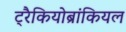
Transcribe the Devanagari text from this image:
ट्रैकियोब्रांकियल